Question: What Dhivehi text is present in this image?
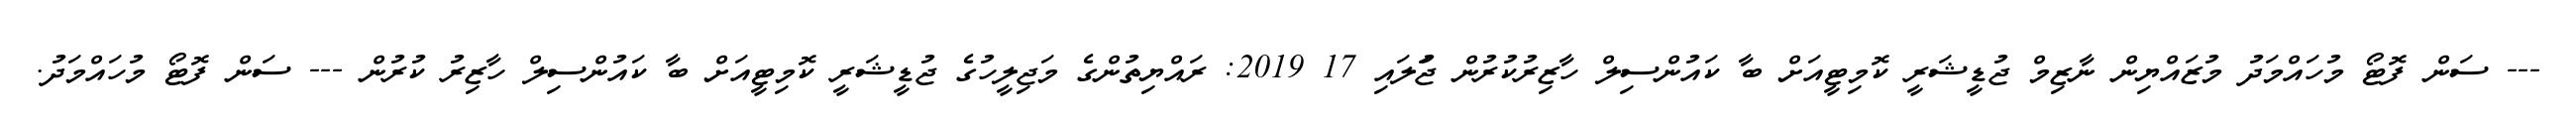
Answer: --- ސަން ފޮޓޯ މުހައްމަދު މުޒައްޔިން ނާޒިމް ޖުޑީޝަރީ ކޮމިޓީއަށް ބާ ކައުންސިލް ހާޒިރުކުރުން ޖުަލައި 17 2019: ރައްޔިތުންގެ މަޖިލީހުގެ ޖުޑީޝަރީ ކޮމިޓީއަށް ބާ ކައުންސިލް ހާޒިރު ކުރުން --- ސަން ފޮޓޯ މުހައްމަދު.